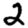
Digit: 2